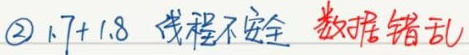
\textcircled{2} \(1.7 + 1.8\) 线程不安全 数据错乱